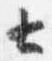
サ